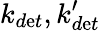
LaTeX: k_{d\mathrm{e}t},k_{d\mathrm{e}t}^{\prime}